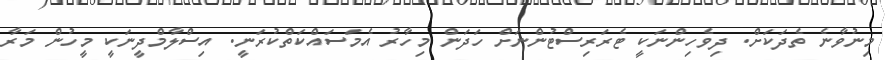
މިނުވާނެ ތެދަކަށް. ދިވެހިންނަކީ ޓެރަރިސްޓުންނަށް ހަދަން މިހާރު އެމަސައްކަތްކުރަނީ. އިސްލާމްދީނަކީ މީހުން މަރާ